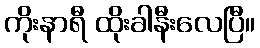
ကိုးနာရီ ထိုးခါနီးလေပြီ။